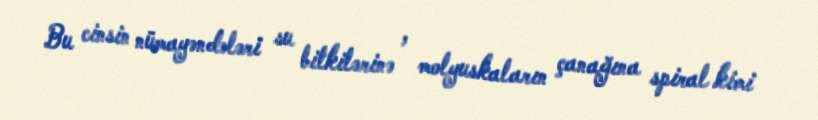
Bu cinsin nümayəndələri su bitkilərinə , molyuskaların çanağına spiral kimi